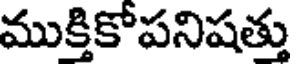
ముక్తికోపనిషత్తు